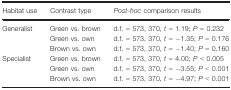
| Habitat use | Contrast type | Post‐hoc comparison results |
 | --- | --- | --- |
 | <ROWSPAN=3> Generalist | Green vs. brown | d.f. = 573, 370, t = 1.19; P = 0.232 |
 | Green vs. own | d.f. = 573, 370, t = −1.35; P = 0.176 |
 | Brown vs. own | d.f. = 573, 370, t = −1.40; P = 0.160 |
 | <ROWSPAN=3> Specialist | Green vs. brown | d.f. = 573, 370, t = 4.00; P < 0.005 |
 | Green vs. own | d.f. = 573, 370, t = −3.55; P < 0.001 |
 | Brown vs. own | d.f. = 573, 370, t = −4.97; P < 0.001 |